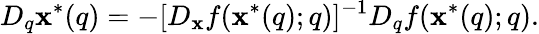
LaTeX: D_{q}\mathbf{x}^{*}(q)=-[D_{\mathbf{x}}f(\mathbf{x}^{*}(q);q)]^{-1}D_{q}f(\mathbf{x}^{*}(q);q).